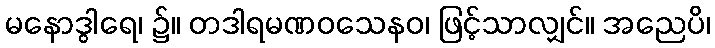
မနောဒွါရေ၊ ၌။ တဒါရမဏဝသေနဝ၊ ဖြင့်သာလျှင်။ အညေပိ၊